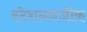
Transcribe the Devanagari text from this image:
स्टेशननजीक